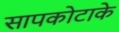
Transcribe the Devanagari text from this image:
सापकोटाके